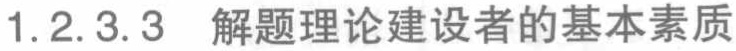
1.2.3.3 解题理论建设者的基本素质